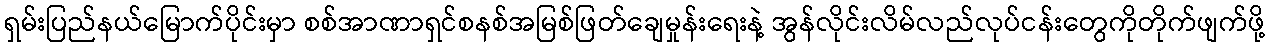
ရှမ်းပြည်နယ်မြောက်ပိုင်းမှာ စစ်အာဏာရှင်စနစ်အမြစ်ဖြတ်ချေမှုန်းရေးနဲ့ အွန်လိုင်းလိမ်လည်လုပ်ငန်းတွေကိုတိုက်ဖျက်ဖို့